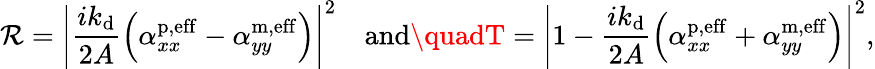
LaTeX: \mathcal{R}=\left\lvert\frac{{ik_{\mathrm{{d}}}}}{{2A}}\Bigl(\alpha_{xx}^{\mathrm{{p,eff}}}-\alpha_{yy}^{\mathrm{{m,eff}}}\Bigr)\right\rvert^{2}\quad\mathrm{{and}}\quadT=\left\lvert1-\frac{{ik_{\mathrm{{d}}}}}{{2A}}\Bigl(\alpha_{xx}^{\mathrm{{p,eff}}}+\alpha_{yy}^{\mathrm{{m,eff}}}\Bigr)\right\rvert^{2},